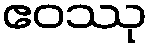
ဧဝဿု